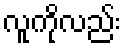
လူကိုလည်း